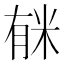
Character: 𱢺